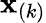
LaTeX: \mathbf{x}_{(k)}